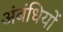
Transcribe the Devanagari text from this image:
अंबंधियों